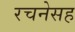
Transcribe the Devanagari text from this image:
रचनेसह